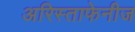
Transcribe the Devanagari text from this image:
अरिस्ताफेनीज